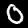
Label: 0